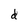
Character: d